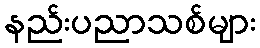
နည်းပညာသစ်များ